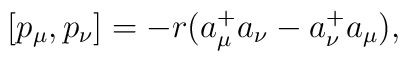
[p_\mu,p_\nu]=-r(a_\mu^+ a_\nu - a_{\nu}^+ a_{\mu}),